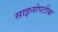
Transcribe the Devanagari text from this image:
साइनोपटीक